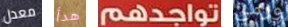
معدل هدأ تواجدهم ورمي